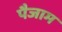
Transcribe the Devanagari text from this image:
पैजाम